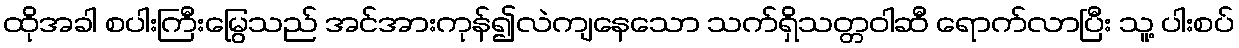
ထိုအခါ စပါးကြီးမြွေသည် အင်အားကုန်၍လဲကျနေသော သက်ရှိသတ္တဝါဆီ ရောက်လာပြီး သူ့ ပါးစပ်